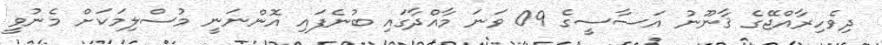
ދިވެހިރާއްޖޭގެ ޤާނޫނު އަސާސީގެ 09 ވަނަ މާއްދާގައި ބުނެފައި އޮންނަނީ މުސްލިމަކަށް މެނުވީ